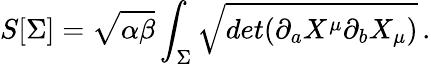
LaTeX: S[\Sigma]=\sqrt{\alpha\beta}\int_{\Sigma}\sqrt{det(\partial_{a}X^{\mu}\partial_{b}X_{\mu})}\, .